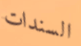
السندات